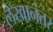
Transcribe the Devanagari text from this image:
लेखानंतर